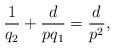
LaTeX: \begin{align*}\frac{1}{q_2} + \frac{d}{p q_1} = \frac{d}{p^2},\end{align*}